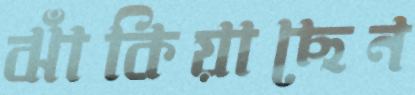
ঝাঁকিয়াছেন